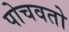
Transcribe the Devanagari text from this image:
पोचवतो